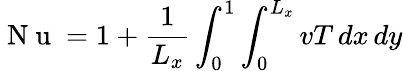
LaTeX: \mathrm{~N~u~}=1+\frac{1}{L_{x}}\int_{0}^{1}\int_{0}^{L_{x}}vT\, dx\, dy